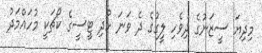
މިދިޔަ ސީޒަނުގެ ދިވެހި ލީގުގެ ދެ ވަނަ ހޯދި ޓީސީގެ ކޯޗަކީ މުހައްމަދު